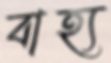
বাহ্য